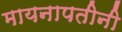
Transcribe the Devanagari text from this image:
मायनापतीनी